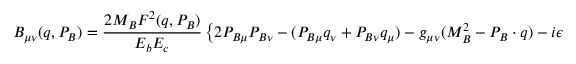
B _ { \mu \nu } ( q , P _ { B } ) = \frac { 2 M _ { B } F ^ { 2 } ( q , P _ { B } ) } { E _ { b } E _ { c } } \left\{ 2 P _ { B \mu } P _ { B \nu } - ( P _ { B \mu } q _ { \nu } + P _ { B \nu } q _ { \mu } ) - g _ { \mu \nu } ( M _ { B } ^ { 2 } - P _ { B } \cdot q ) - i \epsilon _ { \mu \nu \alpha \beta } P _ { B \alpha } q _ { \beta } \right\}